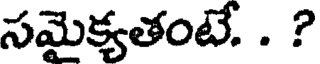
సమైక్యతంటే. . ?